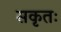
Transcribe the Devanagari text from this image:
सकृतः